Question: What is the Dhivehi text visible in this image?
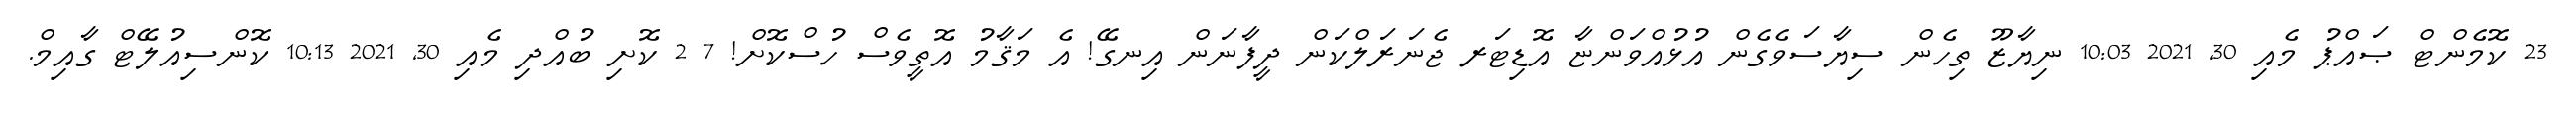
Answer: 23 ކޮމެންޓް ޞައްޕު މެއި 30, 2021 10:03 ނިޔާޒޫ ތިހެން ސިޔާސަވެގެން އުޅުއްވަންޏާ އޮޑިޓަރ ޖެނަރަލްކަން ދީފާނަން އިނގޭ! އެ މަޤާމު އޮތީވެސް ހުސްކޮށް! 7 2 ކޮށި ބުއްދި މެއި 30, 2021 10:13 ކޮންސިއުލޭޓް ގާއިމް.